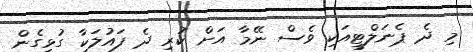
މި ދެ ޕެނަލްޓީއަކި ވެސް ނޭމާ އަށް ކުރި ދެ ފައުލަކާ ގުޅިގެން